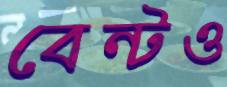
বেন্টও